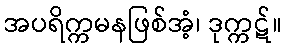
အပရိက္ကမနဖြစ်အံ့၊ ဒုက္ကဋ်။